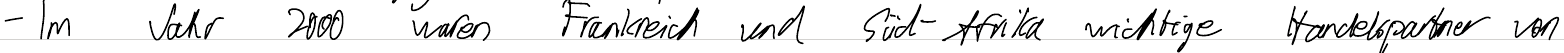
- Im Jahr 2000 waren Frankreich und Süd-Afrika wichtige Handelspartner von